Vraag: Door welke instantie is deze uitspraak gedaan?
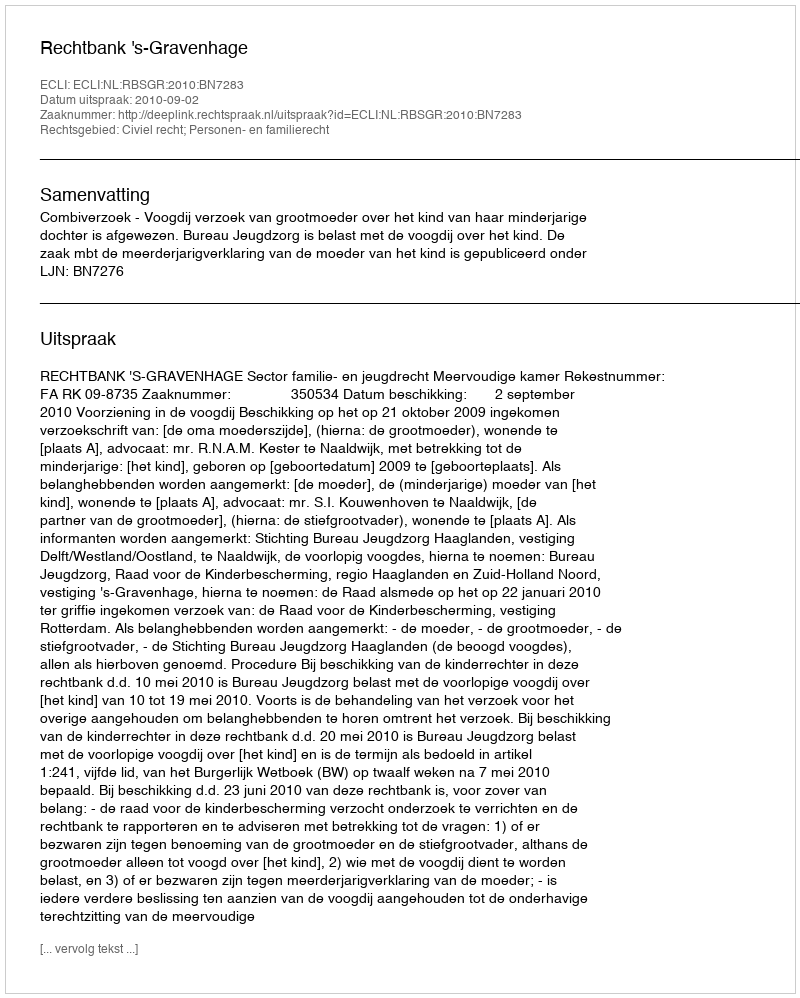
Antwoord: Rechtbank 's-Gravenhage